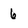
Character: 6